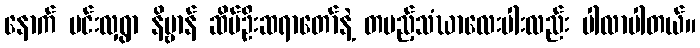
နောက် မင်းလှရွာ နိဗ္ဗာန် ဆိပ်ဦးဆရာတော်နဲ့ တပည့်သံဃာလေးပါးလည်း ပါလာပါတယ်။